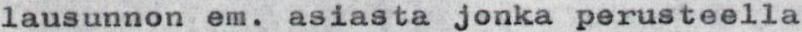
lausunnon em. asiasta jonka perusteella